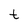
Character: t